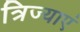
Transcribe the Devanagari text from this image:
त्रिज्याएं